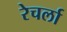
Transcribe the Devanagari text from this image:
रेचर्ला